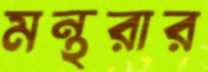
মন্থরার